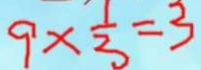
9 \times \frac { 1 } { 3 } = 3